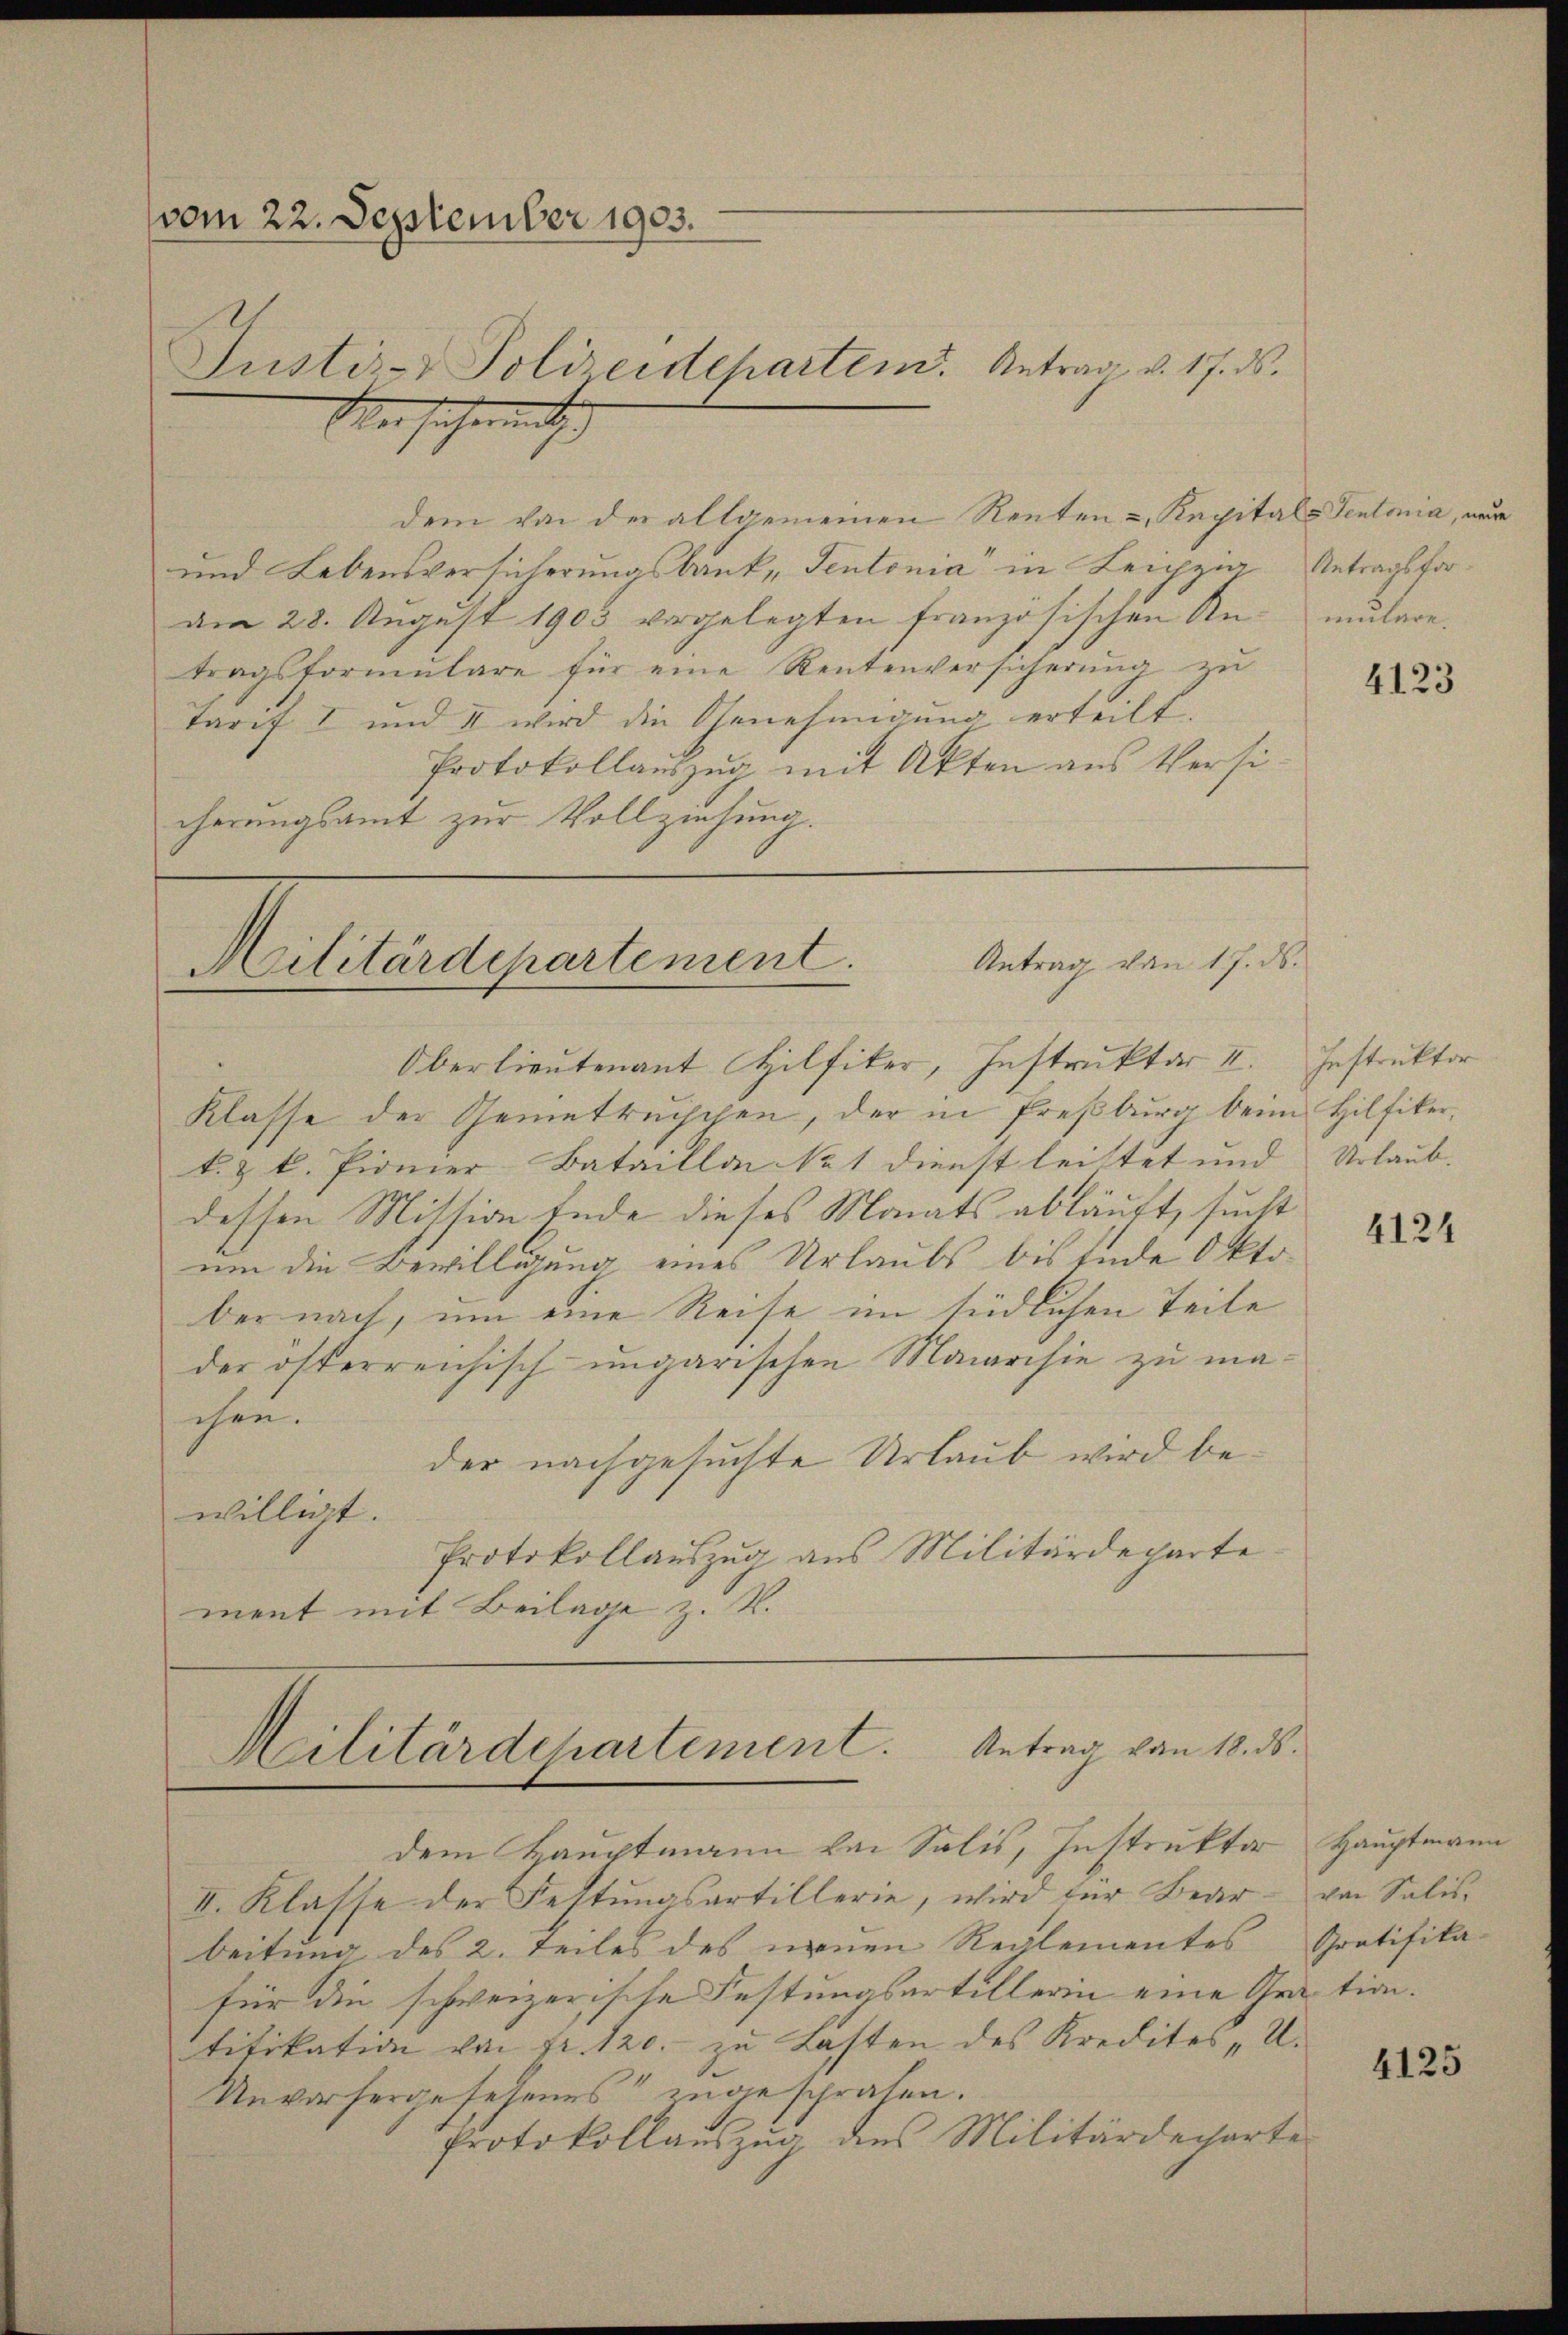
vom 22. September 1903.
e
Justiz- & Polizeideparten. Antrag v. 17. ds.
Wer sicherunt

dem von der allgemeinen Renten u Kapitals Sentonia, neue
und Lebensversicherungsbank, Sentonia" in Leipzia Antragsforam 28. August 1903 vorgelegten französischen Antragsformulare für eine Rentenversicherung zu
Tarif I und II wird die Genehmigung erteilt.
Protokollauszug mit Akten aus Versicherungsamt zur Vollziehung.

Antrag von 17. ds.
Militärdepartement.
Oberlieutenant Hilfiker, Instruktar II.

Klasse der Gemiettuischen, der in Preßburg beim Hilfiker,
k. & k. Pionier-Bataillon No 1 Dienst leitet und Urlaub.
dessen Mission Ende dieses Monats abläuft, sucht
um die Bewilligung eines Urlaubs bis Ende Oktober nach, um eine Reise im südlichen Teile
der österreichisch ungarischen Manarisie zu machen.
der nachgesuchte Urlaub wird bewilligt.
Protokollauszug aus Militärdeparte
ment mit Beilage z. B.

Militärdepartement. Antrag von 18. ds.

dem Hauptmann von Salis, Instruktor
II. Klasse der Festungsartillerie, wird der Bearbeitung des 2. Teiles des neuen Reglementes Gratifika-
für die schweizerische Festungsartillerin eine Gration.
tifikation von Fr. 120. zu Lasten des Kredites „U.
Unvorhergesehenes ingesprochen.
Protokollauszug des Militärdecharte

mulare.

4123

Instruktor

4124

Hauptmann
von Salis,

4125